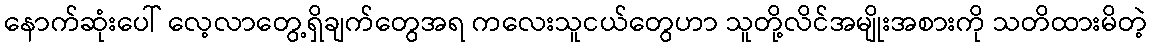
နောက်ဆုံးပေါ် လေ့လာတွေ့ရှိချက်တွေအရ ကလေးသူငယ်တွေဟာ သူတို့လိင်အမျိုးအစားကို သတိထားမိတဲ့